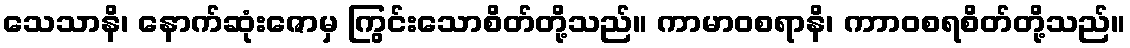
သေသာနိ၊ နောက်ဆုံးဇောမှ ကြွင်းသောစိတ်တို့သည်။ ကာမာဝစရာနိ၊ ကာာဝစရစိတ်တို့သည်။